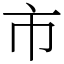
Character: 市